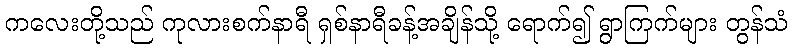
ကလေးတို့သည် ကုလားစက်နာရီ ရှစ်နာရီခန့်အချိန်သို့ ရောက်၍ ရွာကြက်များ တွန်သံ